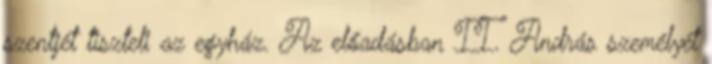
szentjét tiszteli az egyház. Az előadásban II. András személyét